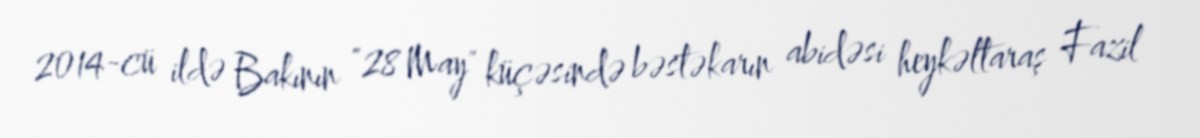
2014-cü ildə Bakının "28 May" küçəsində bəstəkarın abidəsi heykəltaraş Fazil